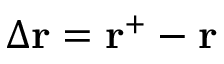
\Delta \mathbf { r } = \mathbf { r } ^ { + } - \mathbf { r }